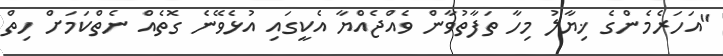
"އަހަރެމެންގެ ޚިޔާލު މިހާ ތަފާތުވާން ވެއްޖެއްޔާ އެކީގައި އުޅެވޭނެ ގޮތެއް ނެތްކަމަށް ހިތް